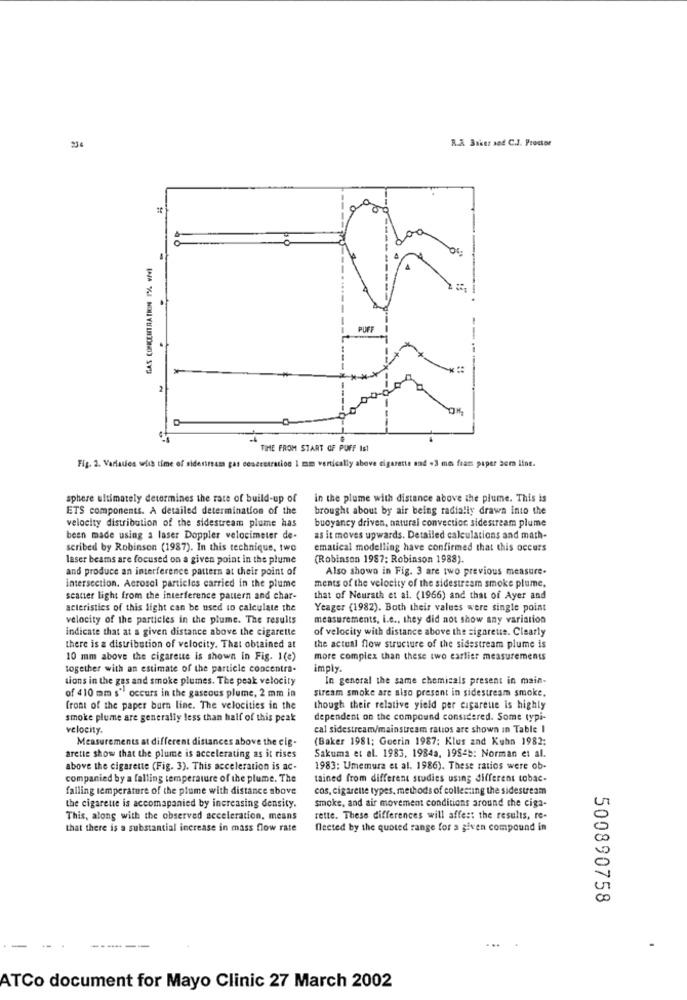
234
R.A Baket sod C.J. Proctor
GAS CONCENTRATION 1% MM
PUFF
*
TIME FROM START OF PUFF Ist
Fig. 2. Variaties with time of sidestream gas concentration 1 mm vertically above cigarette and +3 mo fram piper acm lint.
sphere ultimately determines the rate of build-up of
in the plume with distance above the plume. This is
ETS components. A detailed determination of the
brought about by air being radially drawn into the
velocity distribution of the sidestream plume has
buoyancy driven, natural convection sidestream plume
been made using a laser Doppler velocimeter de-
as it moves upwards. Detailed calculations and math-
scribed by Robinson (1987). In this technique, two
ematical modelling have confirmed that this occurs
laser beams are focused on a given point in the plume
(Robinson 1987: Robinson 1988).
and produce an interference pattern at their point of
Also shown in Fig. 3 are two previous measure-
intersection. Aerosol particles carried in the plume
ments of the velocity of the sidestream smoke plume.
scaner light from the interference pattern and char-
that of Neurath et al. (1966) and that of Ayer and
acteristics of this light can be used to calculate the
Yeager (1982). Both their values were single point
velocity of the particles in the plume. The results
measurements, i.e ., they did not show any variation
indicate that at a given distance above the cigarette
of velocity with distance above the sigarette. Clearly
there is a distribution of velocity. That obtained at
the actual flow structure of the sidestream plume is
10 mm above the cigareue is shown in Fig. 1(e)
more complex than these two earlier measurements
together with an estimate of the particle concentra-
imply.
tions in the ges and smoke plumes. The peak velocity
In general the same chemicals present in main-
of 410 mm s'' occurs in the gaseous plume, 2 mm in
stream smoke are also present in sidestream smoke.
front of the paper barn line. The velocities in the
though their relative yield per cigareue is highly
smoke plume are generally less than half of this peak
dependent on the compound considered. Some typi-
velocity
cal sidestream/mainstream ratios are shown in Table I
Measurements at different distances above the cig-
(Baker 1981; Goerin 1987; Klus and Kuhn 1982:
arette show that the plume is accelerating as it rises
Sakuma et al. 1983, 1984a, 198-b: Norman et al.
above the cigarette (Fig. 3). This acceleration is ac-
1983: Umemura et al. 1986). These ratios were ob-
companied by a falling temperature of the plume. The
tained from different studies using different tobac-
falling temperature of the plume with distance above
cos, cigarene types, methods of collecting the sidestream
smoke, and air movement conditions around the ciga-
U
the cigarette is accomapanied by increasing density.
This, along with the observed acceleration, means
rette. These differences will affer: the results, re-
that there is a substantial increase in mass flow rate
flected by the quoted range for a given compound in
00
500890758
-------
ATCo document for Mayo Clinic 27 March 2002